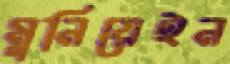
মুনিয়েইন